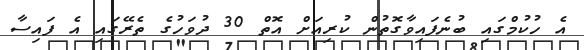
އެ ހުކުމްގައި ބުނެފައިވާގޮތުން ކުރިއަށް އޮތް 30 ދުވަހުގެ ތެރޭގައި އެ ފައިސާ